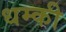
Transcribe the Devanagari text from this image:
धम्की